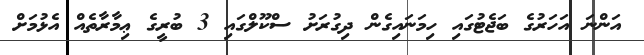
އަންނަ އަހަރުގެ ބަޖެޓުގައި ހިމަނައިގެން ދިގުރަށު ސްކޫލްގައި 3 ބުރީގެ ޢިމާރާތެއް އެޅުމަށް